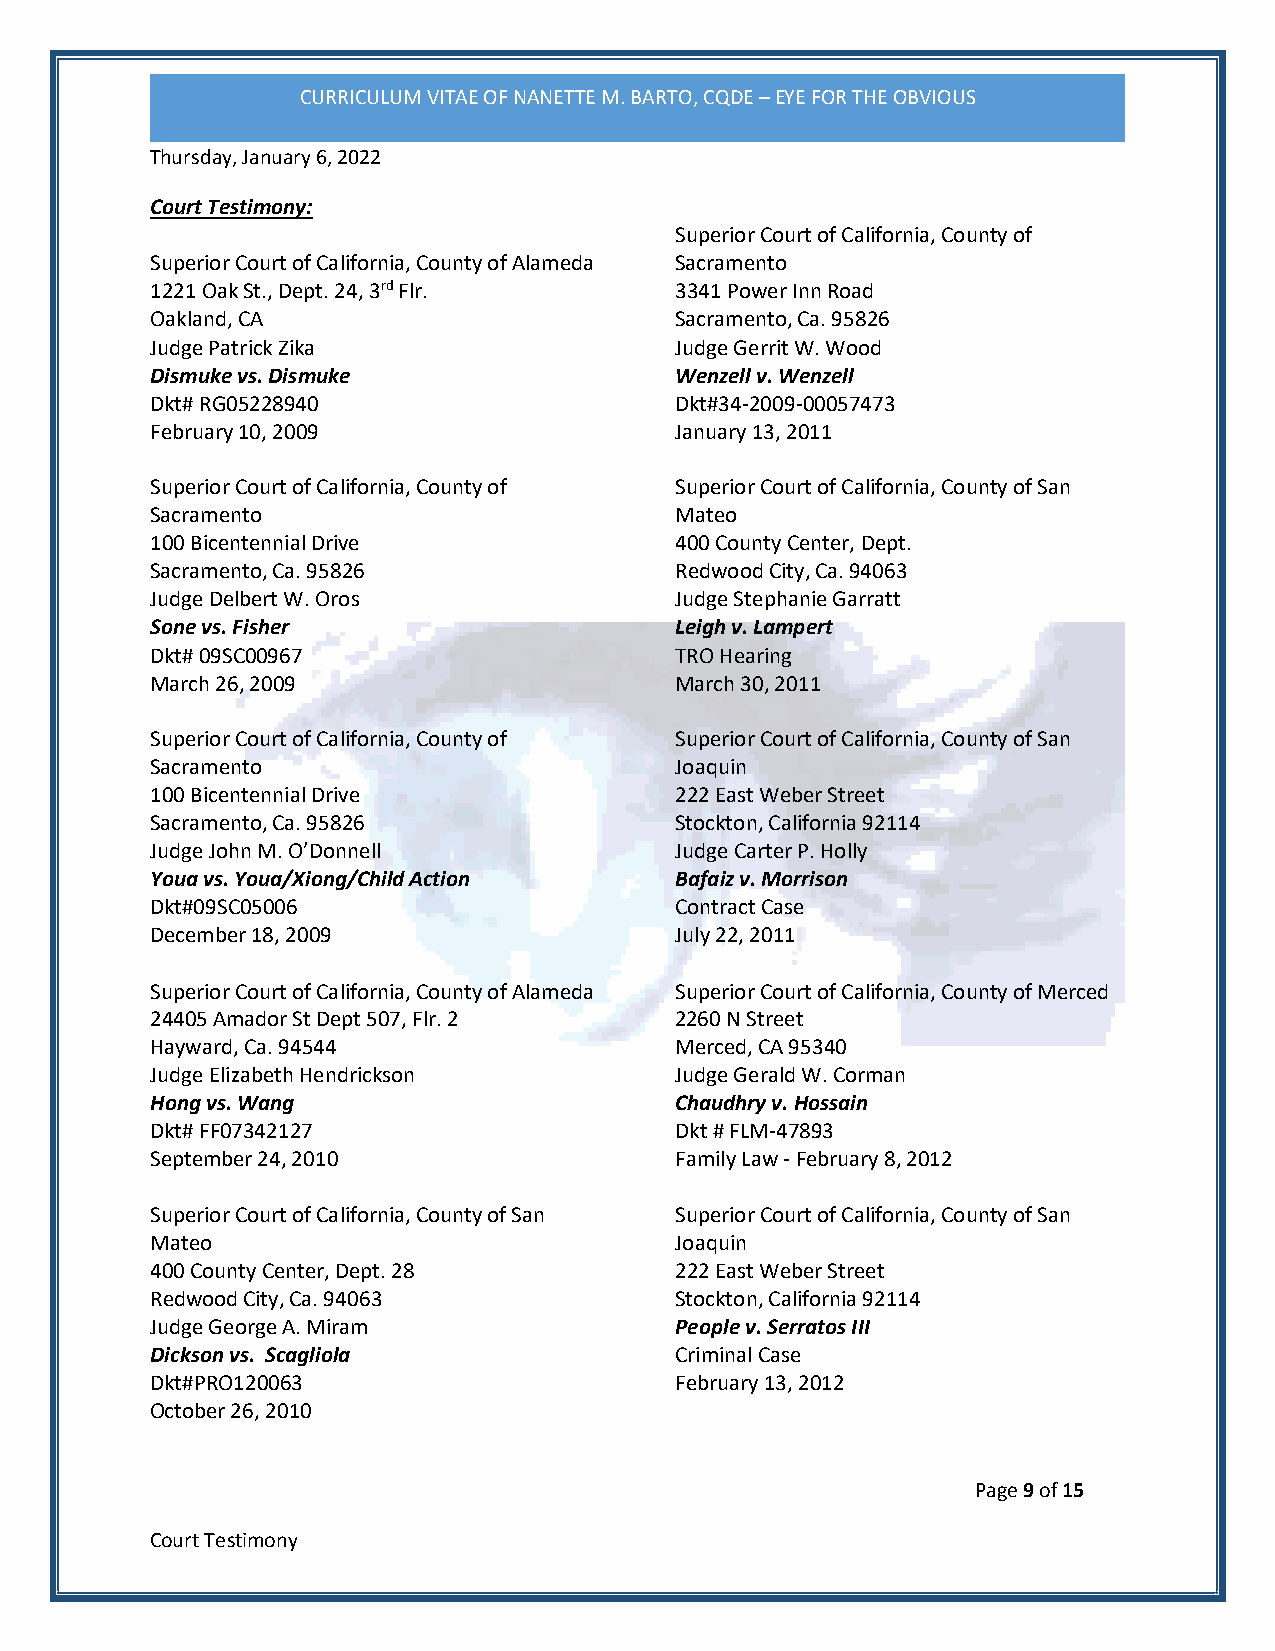
CURRICULUM VITAE OF NANETTE M. BARTO, CQDE – EYE FOR THE OBVIOUS
 Thursday, January 6, 2022
 Court Testimony:
 Superior Court of California, County of
 Superior Court of California, County of Alameda Sacramento
 1221 Oak St., Dept. 24, 3rd Flr.   3341 Power Inn Road
 Oakland, CA                        Sacramento, Ca. 95826
 Judge Patrick Zika                 Judge Gerrit W. Wood
 Dismuke vs. Dismuke                Wenzell v. Wenzell
 Dkt# RG05228940                    Dkt#34-2009-00057473
 February 10, 2009                  January 13, 2011
 Superior Court of California, County of Superior Court of California, County of San
 Sacramento                         Mateo
 100 Bicentennial Drive             400 County Center, Dept.
 Sacramento, Ca. 95826              Redwood City, Ca. 94063
 Judge Delbert W. Oros              Judge Stephanie Garratt
 Sone vs. Fisher                    Leigh v. Lampert
 Dkt# 09SC00967                     TRO Hearing
 March 26, 2009                     March 30, 2011
 Superior Court of California, County of Superior Court of California, County of San
 Sacramento                         Joaquin
 100 Bicentennial Drive             222 East Weber Street
 Sacramento, Ca. 95826              Stockton, California 92114
 Judge John M. O’Donnell            Judge Carter P. Holly
 Youa vs. Youa/Xiong/Child Action   Bafaiz v. Morrison
 Dkt#09SC05006                      Contract Case
 December 18, 2009                  July 22, 2011
 Superior Court of California, County of Alameda Superior Court of California, County of Merced
 24405 Amador St Dept 507, Flr. 2   2260 N Street
 Hayward, Ca. 94544                 Merced, CA 95340
 Judge Elizabeth Hendrickson        Judge Gerald W. Corman
 Hong vs. Wang                      Chaudhry v. Hossain
 Dkt# FF07342127                    Dkt # FLM-47893
 September 24, 2010                 Family Law - February 8, 2012
 Superior Court of California, County of San Superior Court of California, County of San
 Mateo                              Joaquin
 400 County Center, Dept. 28        222 East Weber Street
 Redwood City, Ca. 94063            Stockton, California 92114
 Judge George A. Miram              People v. Serratos III
 Dickson vs. Scagliola              Criminal Case
 Dkt#PRO120063                      February 13, 2012
 October 26, 2010
 Page 9 of 15
 Court Testimony